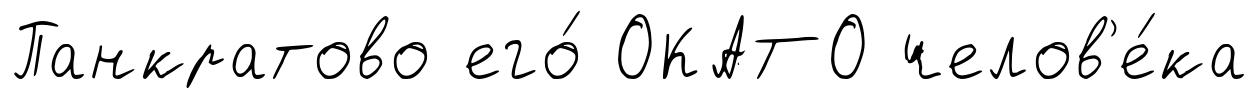
Панкратово его́ ОКАТО челов'е́ка